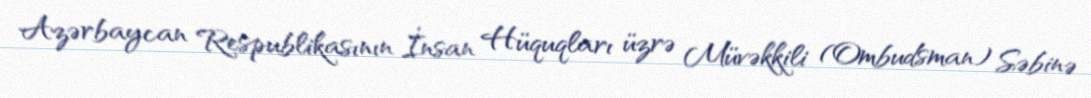
Azərbaycan Respublikasının İnsan Hüquqları üzrə Müvəkkili (Ombudsman) Səbinə